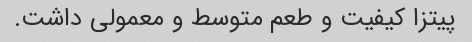
پیتزا کیفیت و طعم متوسط و معمولی داشت.